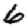
Digit: 6